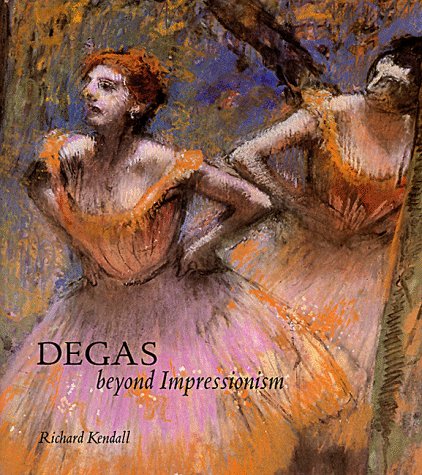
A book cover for Degas: Beyond Impressionism; Edgar Degas; Arts & Photography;